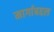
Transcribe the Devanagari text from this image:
मार्गाबद्दल